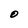
Character: 0